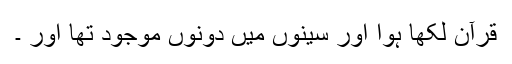
قرآن لکھا ہوا اور سینوں میں دونوں‌ موجود تھا اور ۔